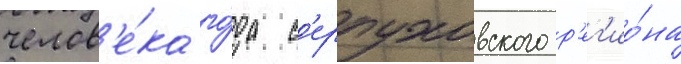
челов'е́ка го́да с'ерпуховского р'ег'ио́на